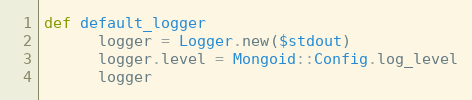
Language: Ruby
def default_logger
      logger = Logger.new($stdout)
      logger.level = Mongoid::Config.log_level
      logger